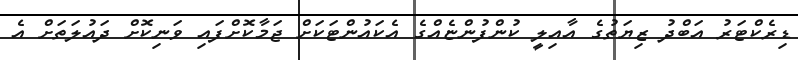
ޑިރެކްޓަރު އަބްދު ޒިޔަތުގެ އާއިލީ ކުންފުންޏެއްގެ އެކައުންޓަކަށް ޖަމާކޮށްފައި ވަނިކޮށް ދައުލަތަށް އެ